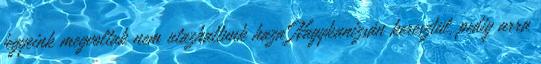
jegyeink megvoltak nem utazhattunk haza Nagykanizsán keresztül, pedig arra